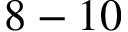
8 - 1 0